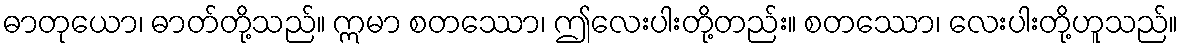
ဓာတုယော၊ ဓာတ်တို့သည်။ ဣမာ စတဿော၊ ဤလေးပါးတို့တည်း။ စတဿော၊ လေးပါးတို့ဟူသည်။